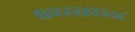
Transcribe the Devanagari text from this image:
९४२२२५२२०८